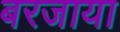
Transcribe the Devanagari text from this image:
बरजाया